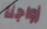
زواجنا